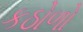
કઠોળો